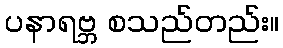
ပနာရဗ္ဘ စသည်တည်း။